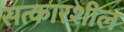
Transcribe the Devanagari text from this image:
सत्कारशील